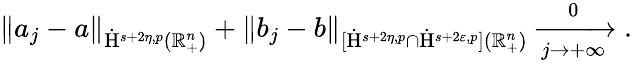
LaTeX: \begin{array}{r}{\lVert a_{j}-a\rVert_{\dot{\mathrm{H}}^{s+2\eta,p}(\mathbb{R}_{+}^{n})}+\lVert b_{j}-b\rVert_{[\dot{\mathrm{H}}^{s+2\eta,p}\cap\dot{\mathrm{H}}^{s+2\varepsilon,p}](\mathbb{R}_{+}^{n})}\xrightarrow[j\rightarrow+\infty]0\mathrm{.~}}\end{array}